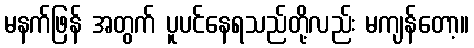
မနက်ဖြန် အတွက် ပူပင်နေရသည်တို့လည်း မကျန်တော့။